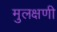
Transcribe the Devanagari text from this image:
मुलक्षणी